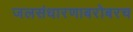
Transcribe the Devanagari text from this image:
जलसंधारणाबरोबरच